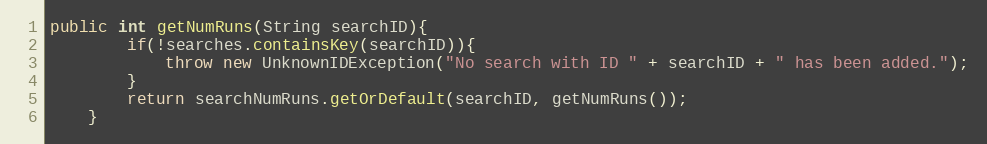
Language: Java
public int getNumRuns(String searchID){
        if(!searches.containsKey(searchID)){
            throw new UnknownIDException("No search with ID " + searchID + " has been added.");
        }
        return searchNumRuns.getOrDefault(searchID, getNumRuns());
    }